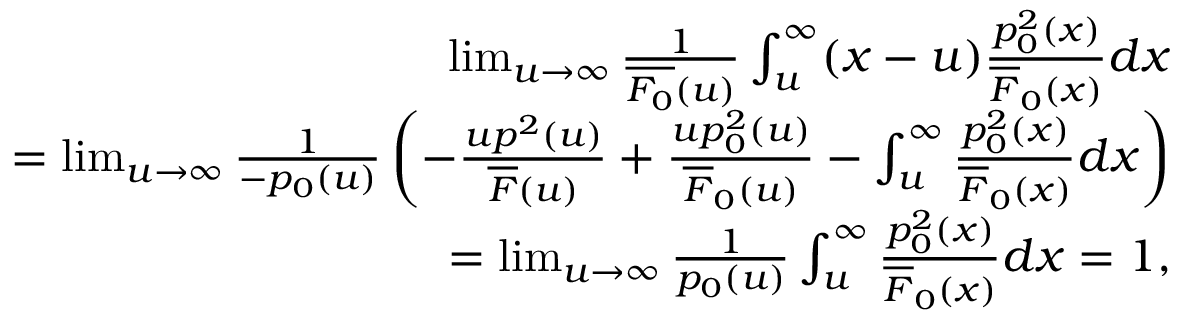
\begin{array} { r l r } & { } & { \operatorname* { l i m } _ { u \to \infty } \frac { 1 } { \overline { { F _ { 0 } } } ( u ) } \int _ { u } ^ { \infty } ( x - u ) \frac { p _ { 0 } ^ { 2 } ( x ) } { \overline { { F } } _ { 0 } ( x ) } d x } \\ & { } & { = \operatorname* { l i m } _ { u \to \infty } \frac { 1 } { - p _ { 0 } ( u ) } \left( - \frac { u p ^ { 2 } ( u ) } { \overline { { F } } ( u ) } + \frac { u p _ { 0 } ^ { 2 } ( u ) } { \overline { { F } } _ { 0 } ( u ) } - \int _ { u } ^ { \infty } \frac { p _ { 0 } ^ { 2 } ( x ) } { \overline { { F } } _ { 0 } ( x ) } d x \right) } \\ & { } & { = \operatorname* { l i m } _ { u \to \infty } \frac { 1 } { p _ { 0 } ( u ) } \int _ { u } ^ { \infty } \frac { p _ { 0 } ^ { 2 } ( x ) } { \overline { { F } } _ { 0 } ( x ) } d x = 1 , } \end{array}